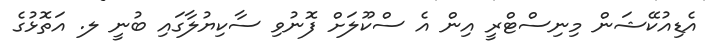
އެޑިއުކޭޝަން މިނިސްޓްރީ އިން އެ ސްކޫލަށް ފޮނުވި ސާކިޔުލާގައި ބުނީ ލ. އަތޮޅުގެ